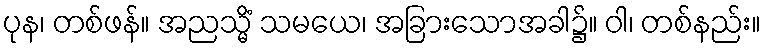
ပုန၊ တစ်ဖန်။ အညသ္မိံ သမယေ၊ အခြားသောအခါ၌။ ဝါ၊ တစ်နည်း။